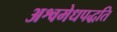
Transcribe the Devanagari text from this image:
अश्वमेधपद्धति